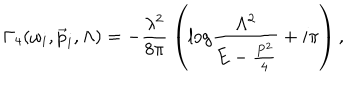
\Gamma _ { 4 } ( \omega _ { i } , \vec { p } _ { i } , \Lambda ) = - \frac { \lambda ^ { 2 } } { 8 \pi } \: \left( \mathrm { l o g } \frac { \Lambda ^ { 2 } } { E - \frac { P ^ { 2 } } { 4 } } + i \pi \right) ,